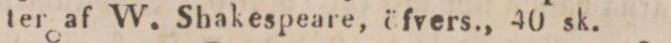
ter af W. Shakespeare, öfvers., 40 sk.